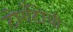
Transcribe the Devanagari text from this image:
टोराँटोची